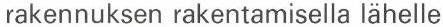
rakennuksen rakentamisella lähelle